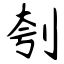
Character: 刳